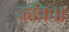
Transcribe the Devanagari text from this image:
कविः।।